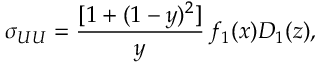
\sigma _ { U U } = \frac { [ 1 + ( 1 - y ) ^ { 2 } ] } { y } \, f _ { 1 } ( x ) D _ { 1 } ( z ) ,